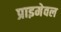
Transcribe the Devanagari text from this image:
प्राइमेवल